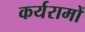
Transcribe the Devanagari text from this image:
कर्यरामों